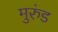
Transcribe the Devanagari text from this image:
मुरुंड